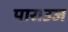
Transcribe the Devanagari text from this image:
पाराउज